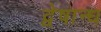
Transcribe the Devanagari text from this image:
द्वेषान्ध